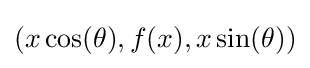
(x\cos(\theta ),f(x),x\sin(\theta ))